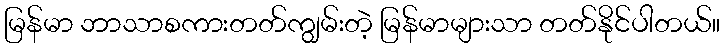
မြန်မာ ဘာသာစကားတတ်ကျွမ်းတဲ့ မြန်မာများသာ တတ်နိုင်ပါတယ်။